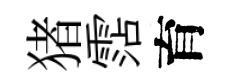
猪霑育